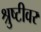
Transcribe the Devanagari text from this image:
श्रुष्टीवर